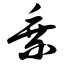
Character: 乘